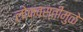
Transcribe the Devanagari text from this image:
लोकवस्तीमुळे